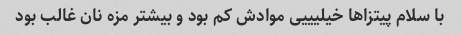
با سلام پیتزاها خیلیییی موادش کم بود و بیشتر مزه نان غالب بود